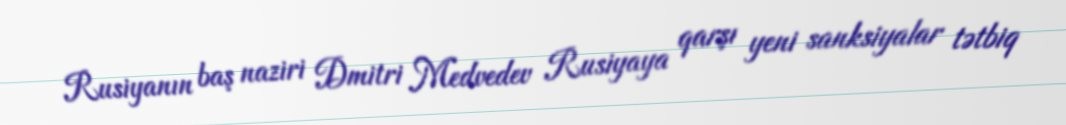
Rusiyanın baş naziri Dmitri Medvedev Rusiyaya qarşı yeni sanksiyalar tətbiq